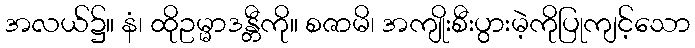
အလယ်၌။ နံ၊ ထိုဥမ္မာဒန္တီကို။ စဇာမိ၊ အကျိုးစီးပွားမဲ့ကိုပြုကျင့်သော